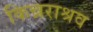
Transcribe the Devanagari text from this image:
किन्नराश्रव